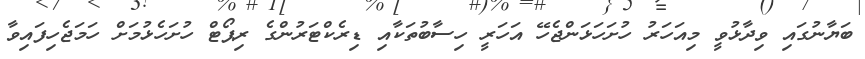
ބަޔާނުގައި ވިދާޅުވީ މިއަހަރު ހުށަހަޅަންޖެހޭ އަހަރީ ހިސާބުތަކާއި ޑިރެކްޓަރުންގެ ރިޕޯޓް ހުށަހެޅުމަށް ހަމަޖެހިފައިވާ